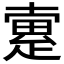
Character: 𤴡